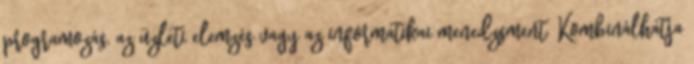
programozás, az üzleti elemzés vagy az informatikai menedzsment. Kombinálhatja